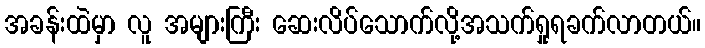
အခန်းထဲမှာ လူ အများကြီး ဆေးလိပ်သောက်လို့အသက်ရှုရခက်လာတယ်။